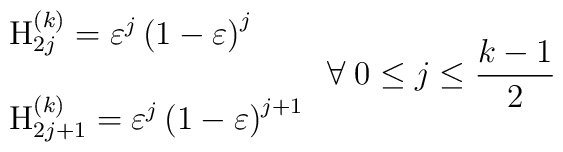
\begin{array}{l}\mbox{H}_{2j}^{\left( k\right) }=\varepsilon ^j\left( 1-\varepsilon \right)^j \\  \\\mbox{H}_{2j+1}^{\left( k\right) }=\varepsilon ^j\left( 1-\varepsilon\right) ^{j+1}\end{array}\;\forall \;0\leq j\leq \frac{k-1}2